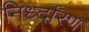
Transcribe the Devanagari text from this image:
निर्ध्दारण